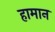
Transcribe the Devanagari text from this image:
हामान